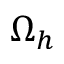
\Omega _ { h }